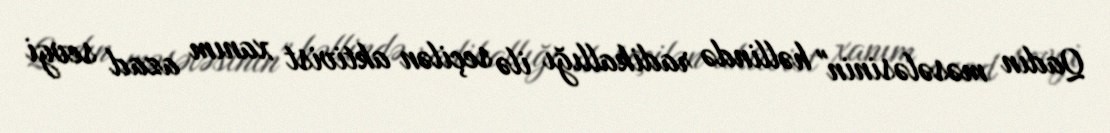
Qadın məsələsinin" həllində radikallığı ilə seçilən aktivist xanım azad sevgi